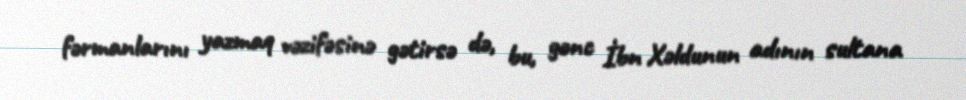
fərmanlarını yazmaq vəzifəsinə gətirsə də, bu, gənc İbn Xəldunun adının sultana